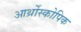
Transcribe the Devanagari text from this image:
आर्थ्रोस्कोपिक